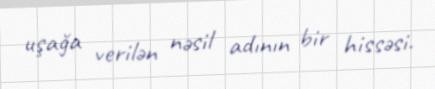
uşağa verilən nəsil adının bir hissəsi.